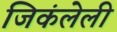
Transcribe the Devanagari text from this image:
जिकंलेली